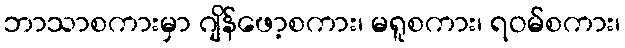
ဘာသာစကားမှာ ဂျိန်ဖော့စကား၊ မရူစကား၊ ရဝမ်စကား၊